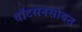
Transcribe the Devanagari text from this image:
वाॅटसनसोबत